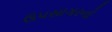
ઉપસાગરનો